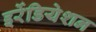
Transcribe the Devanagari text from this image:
इर्रेडियेशन